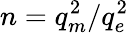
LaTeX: n=q_{m}^{2}/q_{e}^{2}